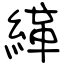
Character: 緙